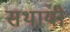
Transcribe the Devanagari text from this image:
सथायी